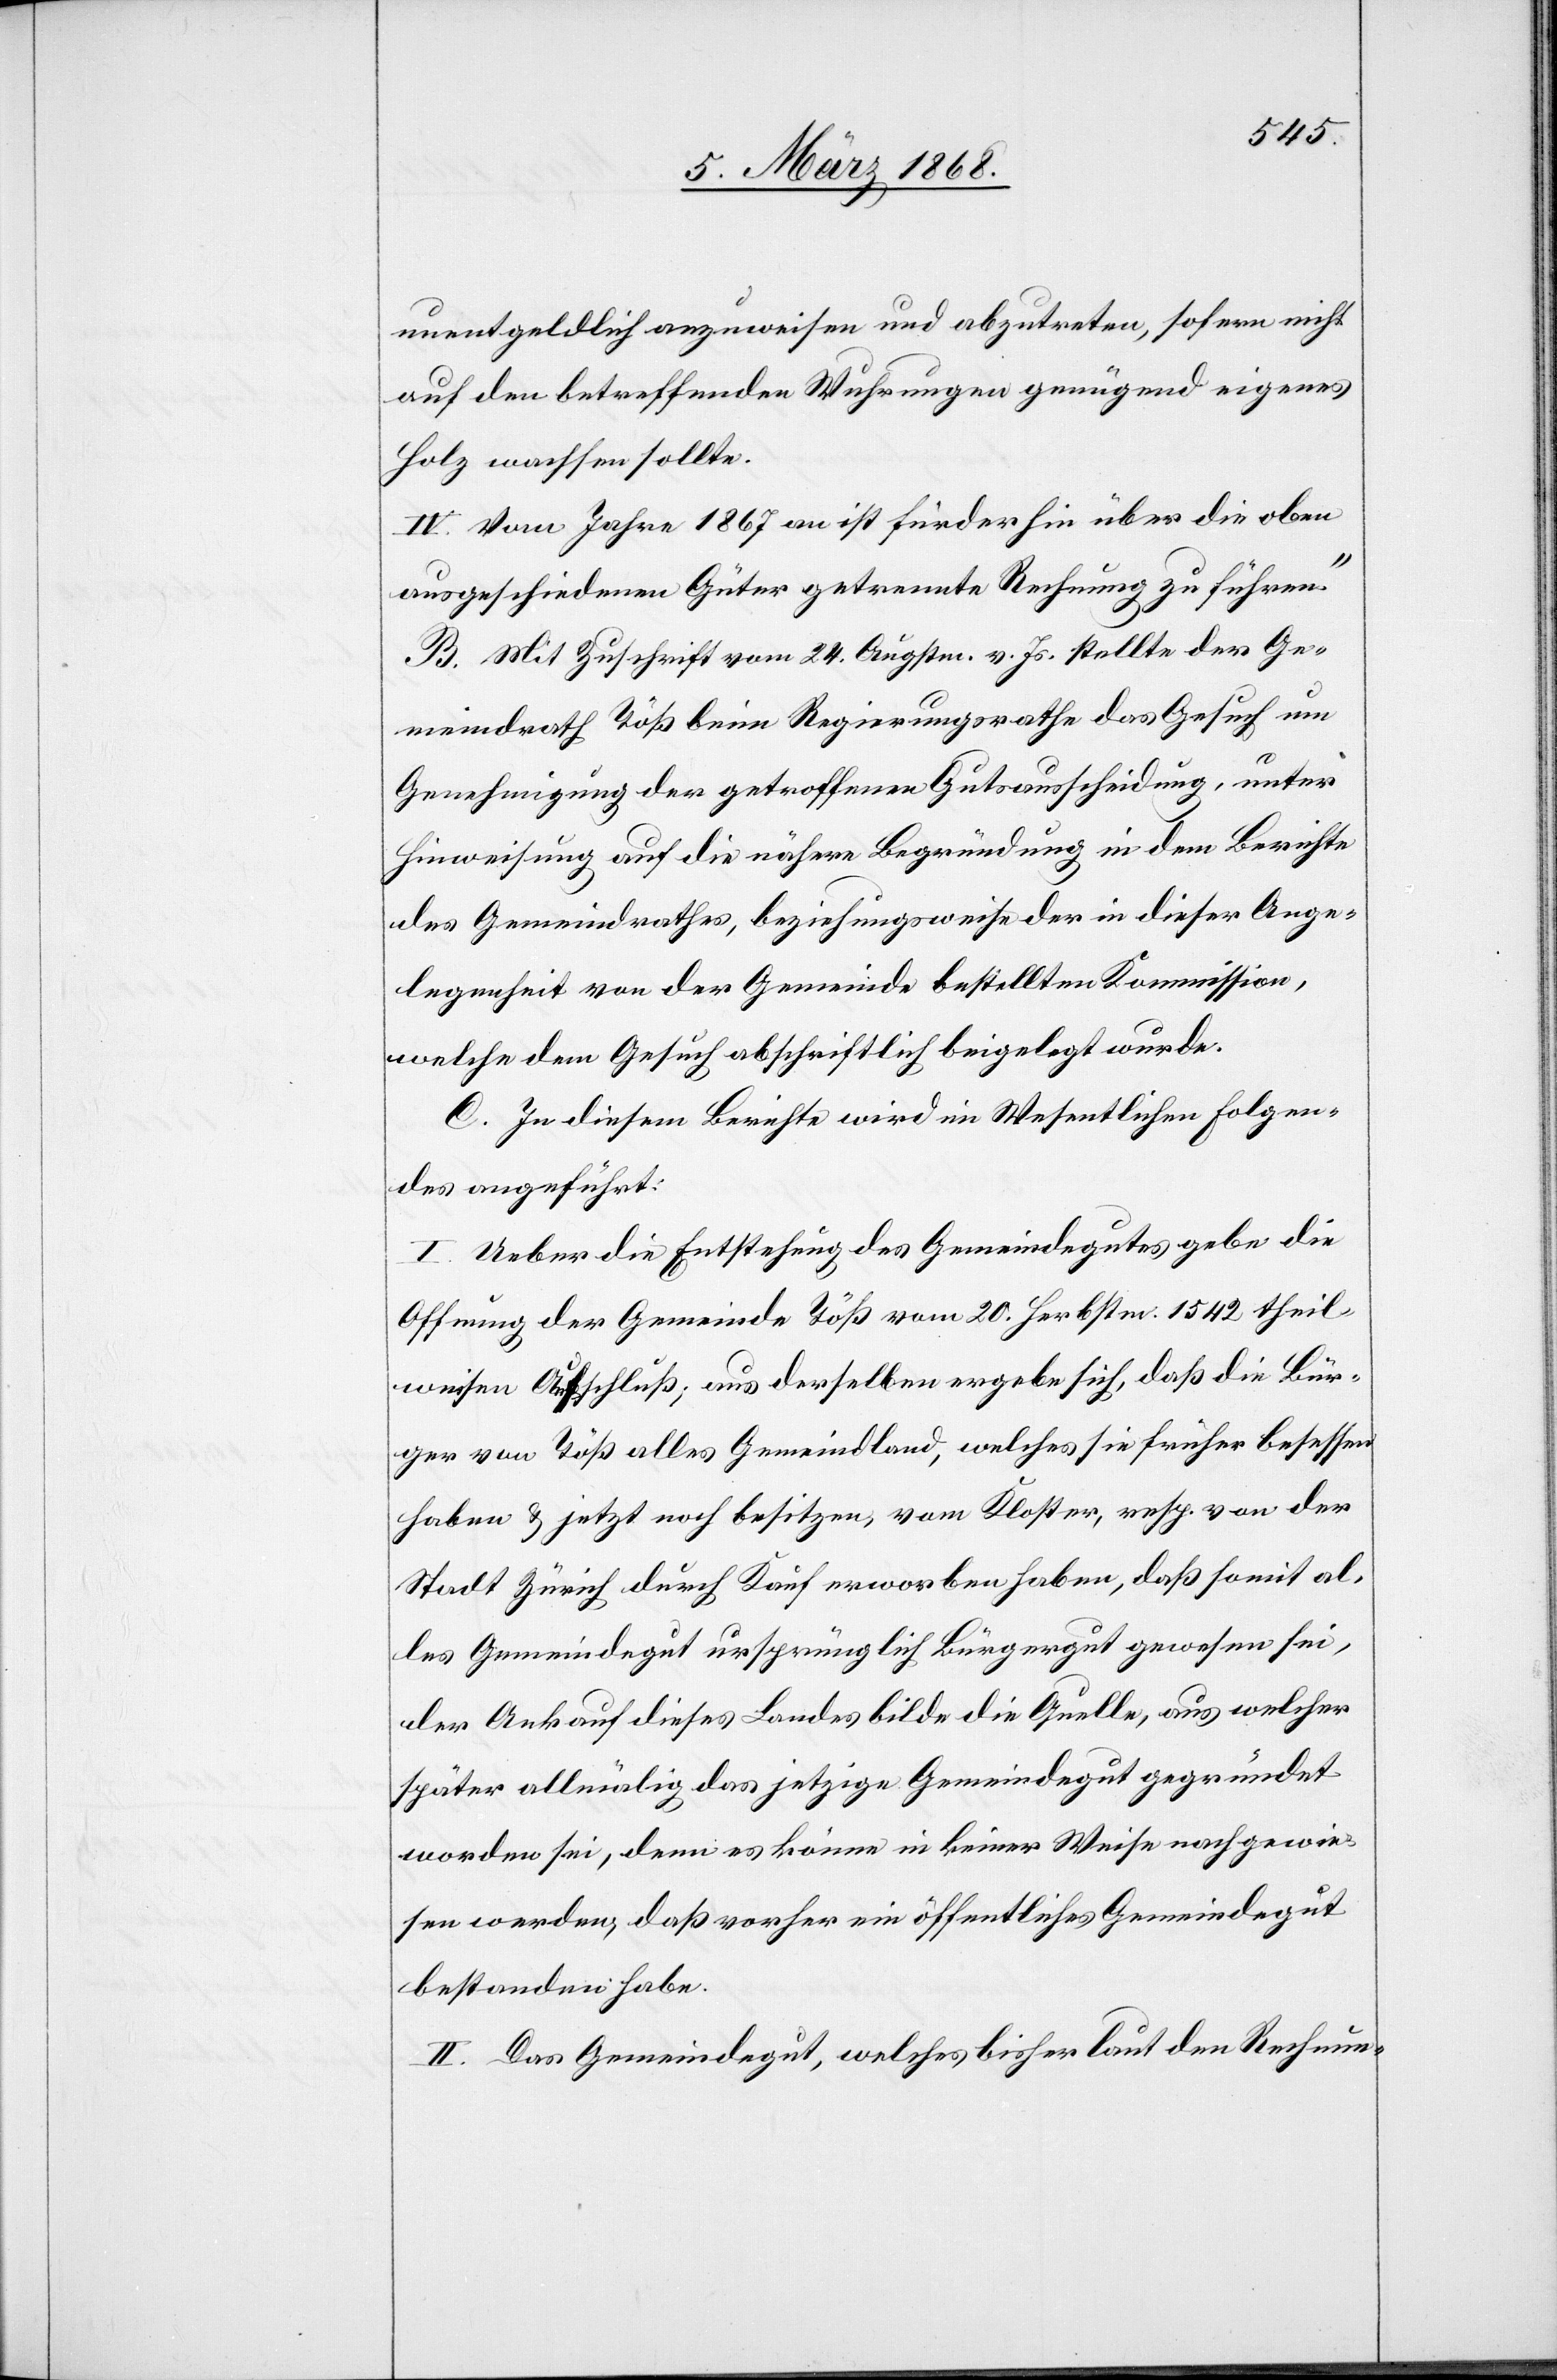
unentgeldlich anzuweisen und abzutreten, sofern nicht
auf den betreffenden Wuhrungen genügend eigenes
Holz wachsen sollte.
IV. Vom Jahre 1867 an ist fürderhin über die oben
ausgeschiedenen Güter getrennte Rechnung zu führen.“
B. Mit Zuschrift vom 24. Augstm. v. Js. stellte der Ge¬
meindrath Töß beim Regierungsrathe das Gesuch um
Genehmigung der getroffenen Gutsausscheidung, unter
Hinweisung auf die nähere Begründung in dem Berichte
des Gemeindrathes, beziehungsweise der in dieser Ange¬
legenheit von der Gemeinde bestellten Kommission,
welche dem Gesuch abschriftlich beigelegt wurde.
C. In diesem Berichte wird im Wesentlichen Folgen¬
des angeführt:
I. Ueber die Entstehung des Gemeindegutes gebe die
Offnung der Gemeinde Töß vom 20. Herbstm. 1542 theil¬
weisen Aufschluß; aus derselben ergebe sich, daß die Bür¬
ger von Töß alles Gemeindland, welches sie früher besessen
haben & jetzt noch besitzen, vom Kloster, resp. von der
Stadt Zürich durch Kauf erworben haben, daß somit al¬
les Gemeindegut ursprünglich Bürgergut gewesen sei,
der Ankauf dieses Landes bilde die Quelle, aus welcher
später allmälig das jetzige Gemeindegut gegründet
worden sei, denn es könne in keiner Weise nachgewie¬
sen werden, daß vorher ein öffentliches Gemeindegut
bestanden habe.
II. Das Gemeindegut, welches bisher laut den Rechnun-